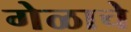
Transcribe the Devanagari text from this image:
गेळाचे